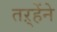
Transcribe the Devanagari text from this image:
तऱ्हेंने